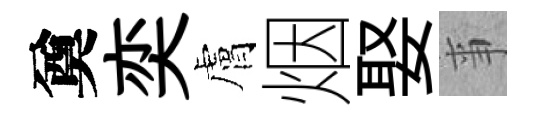
奠奕膚烟娶亊